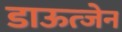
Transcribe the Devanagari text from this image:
डाऊत्जेन